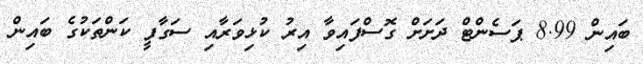
ބައިން 8.99 ޕަސެންޓް ދަށަށް ގޮސްފައިވާ އިރު ކުޅިވަރާއި ސަގާފީ ކަންތަކުގެ ބައިން